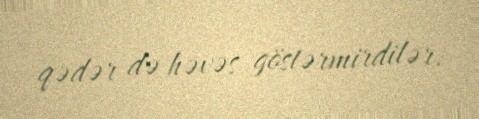
qədər də həvəs göstərmirdilər.